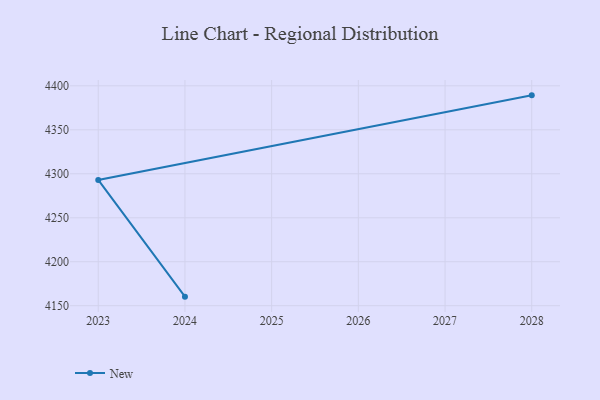
{"axis": {"x": "Year", "y": "LTV (USD)"}, "legend": ["New"], "data": [{"x": "2028", "y": 4389.2, "type": "New"}, {"x": "2023", "y": 4293.0, "type": "New"}, {"x": "2024", "y": 4160.3, "type": "New"}]}